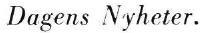
Dagens Nyheter.